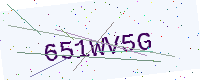
Text: 651WV5G